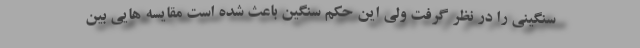
سنگینی را در نظر گرفت ولی این حکم سنگین باعث شده است مقایسه هایی بین